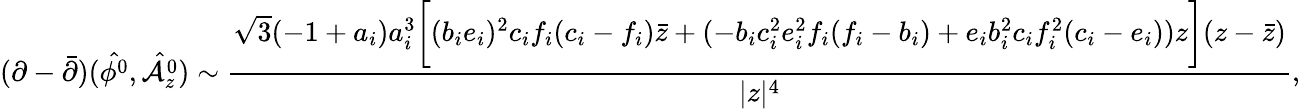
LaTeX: (\partial-{\bar{\partial}})(\hat{{\cal\phi}^{0}},\hat{{\cal A}_{z}^{0}})\sim{\frac{\sqrt{3}(-1+a_{i})a_{i}^{3}\biggl[(b_{i}e_{i})^{2}c_{i}f_{i}(c_{i}-f_{i}){\bar{z}}+(-b_{i}c_{i}^{2}e_{i}^{2}f_{i}(f_{i}-b_{i})+e_{i}b_{i}^{2}c_{i}f_{i}^{2}(c_{i}-e_{i}))z\biggr](z-{\bar{z}})}{|z|^{4}}},